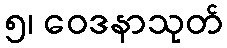
၅၊ ဝေဒနာသုတ်